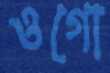
ওগো